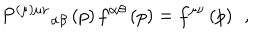
P ^ { ( \mu ) \mu \nu } { } _ { \alpha \beta } \left( p \right) f ^ { \alpha \beta } \left( p \right) = f ^ { \mu \nu } \left( p \right) \; \, ,